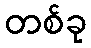
တစ်ခု